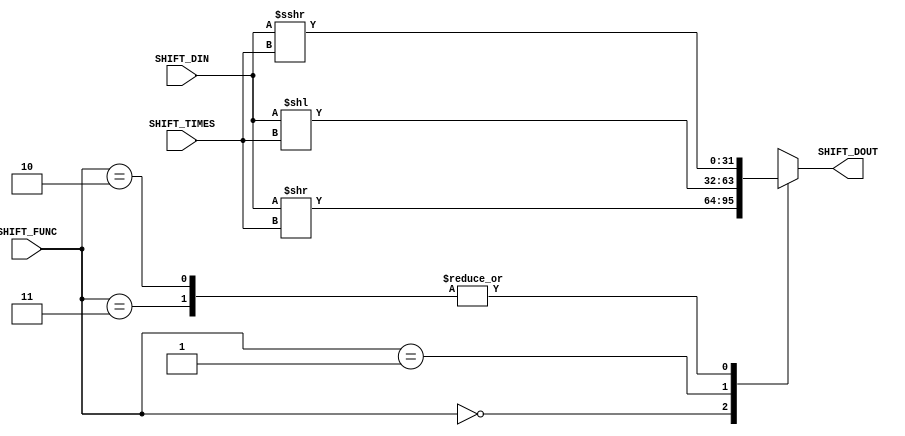
/****************************************************************************************

	File name    : Barrel_Shifter
	LastEditors  : H
	LastEditTime : 2021-09-26 16:21:04
	Last Version : 1.0
	Description  : 
	
	----------------------------------------------------------------------------------------
	
	Author       : H
	Date         : 2021-09-26 16:21:03
	FilePath     : \MIPS_32_bit\Barrel_Shifter.v
	Copyright 2021 H, All Rights Reserved. 

****************************************************************************************/
module Barrel_Shifter (
    input   [1:0]   SHIFT_FUNC,
    input   [4:0]   SHIFT_TIMES,
    input   [31:0]  SHIFT_DIN,
    output reg [31:0]  SHIFT_DOUT
);
    always @(*) begin
        case (SHIFT_FUNC)
            2'b00:begin
                // shift right logical
                SHIFT_DOUT = SHIFT_DIN >> SHIFT_TIMES;
            end 
            2'b01:begin
                // shift left logical
                SHIFT_DOUT = SHIFT_DIN << SHIFT_TIMES;
            end
            2'b10,2'b11:
                // shift right Arithmetic
                SHIFT_DOUT = SHIFT_DIN >>> SHIFT_TIMES;
            default: ;
        endcase
    end
endmodule